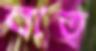
বাত্